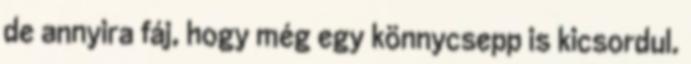
de annyira fáj, hogy még egy könnycsepp is kicsordul.